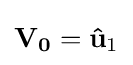
\mathbf {V_{0}} =\mathbf {\hat {u}} _{1}